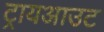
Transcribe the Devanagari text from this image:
ट्रायआउट